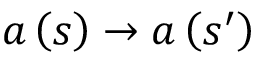
a \left( s \right) \rightarrow a \left( s ^ { \prime } \right)